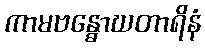
ကာမဗန္ဓောဃတာရိနံ